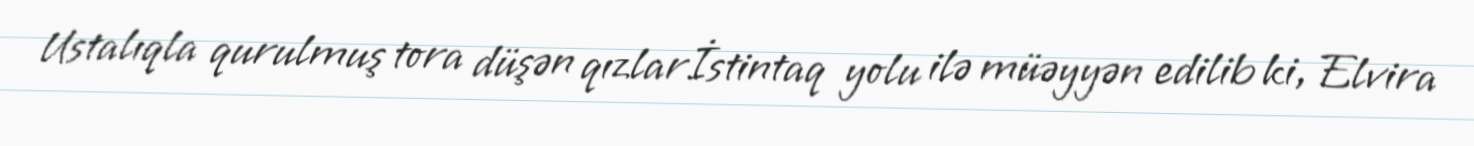
Ustalıqla qurulmuş tora düşən qızlarİstintaq yolu ilə müəyyən edilib ki, Elvira